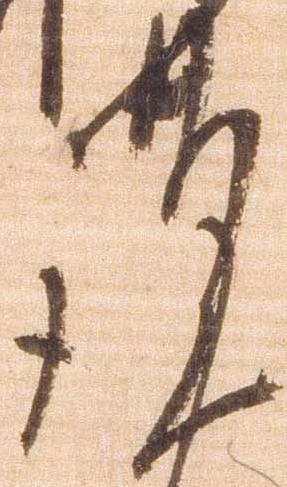
謹